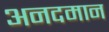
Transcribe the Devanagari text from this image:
अनदमान